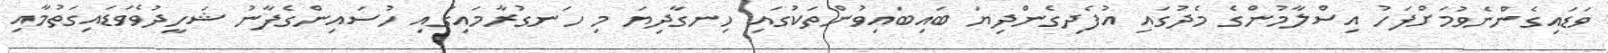
ވަޑައިގެންނެވުމަށްފަހު އިސްލާމުންގެ މެދުގައި އުފެދިގެންދިޔަ ބައިބައިވުންތަކުގައި ހިނގާދިޔަ މި ހަނގުރާމައިގައި ހުސައިންގެފާނު ޝަހީދުވެވަޑައިގަތުމާއި